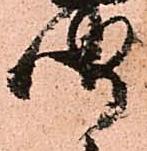
聞